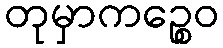
တုမှာကဉ္စေဝ